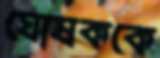
ঘোষককে